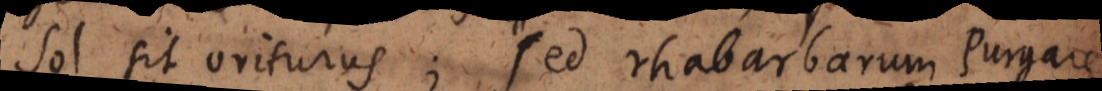
sol sit oriturus; sed rhabarbarum purgare,